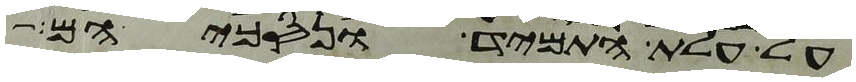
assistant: על עלת התמיד ונסכיהם